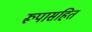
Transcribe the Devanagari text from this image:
रूपासहित